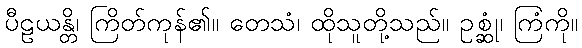
ပီဠယန္တိ၊ ကြိတ်ကုန်၏။ တေသံ၊ ထိုသူတို့သည်။ ဥစ္ဆုံ၊ ကြံကို။